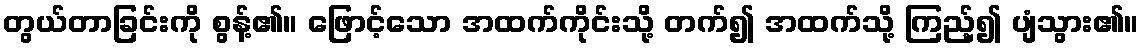
တွယ်တာခြင်းကို စွန့်၏။ ဖြောင့်သော အထက်ကိုင်းသို့ တက်၍ အထက်သို့ ကြည့်၍ ပျံသွား၏။